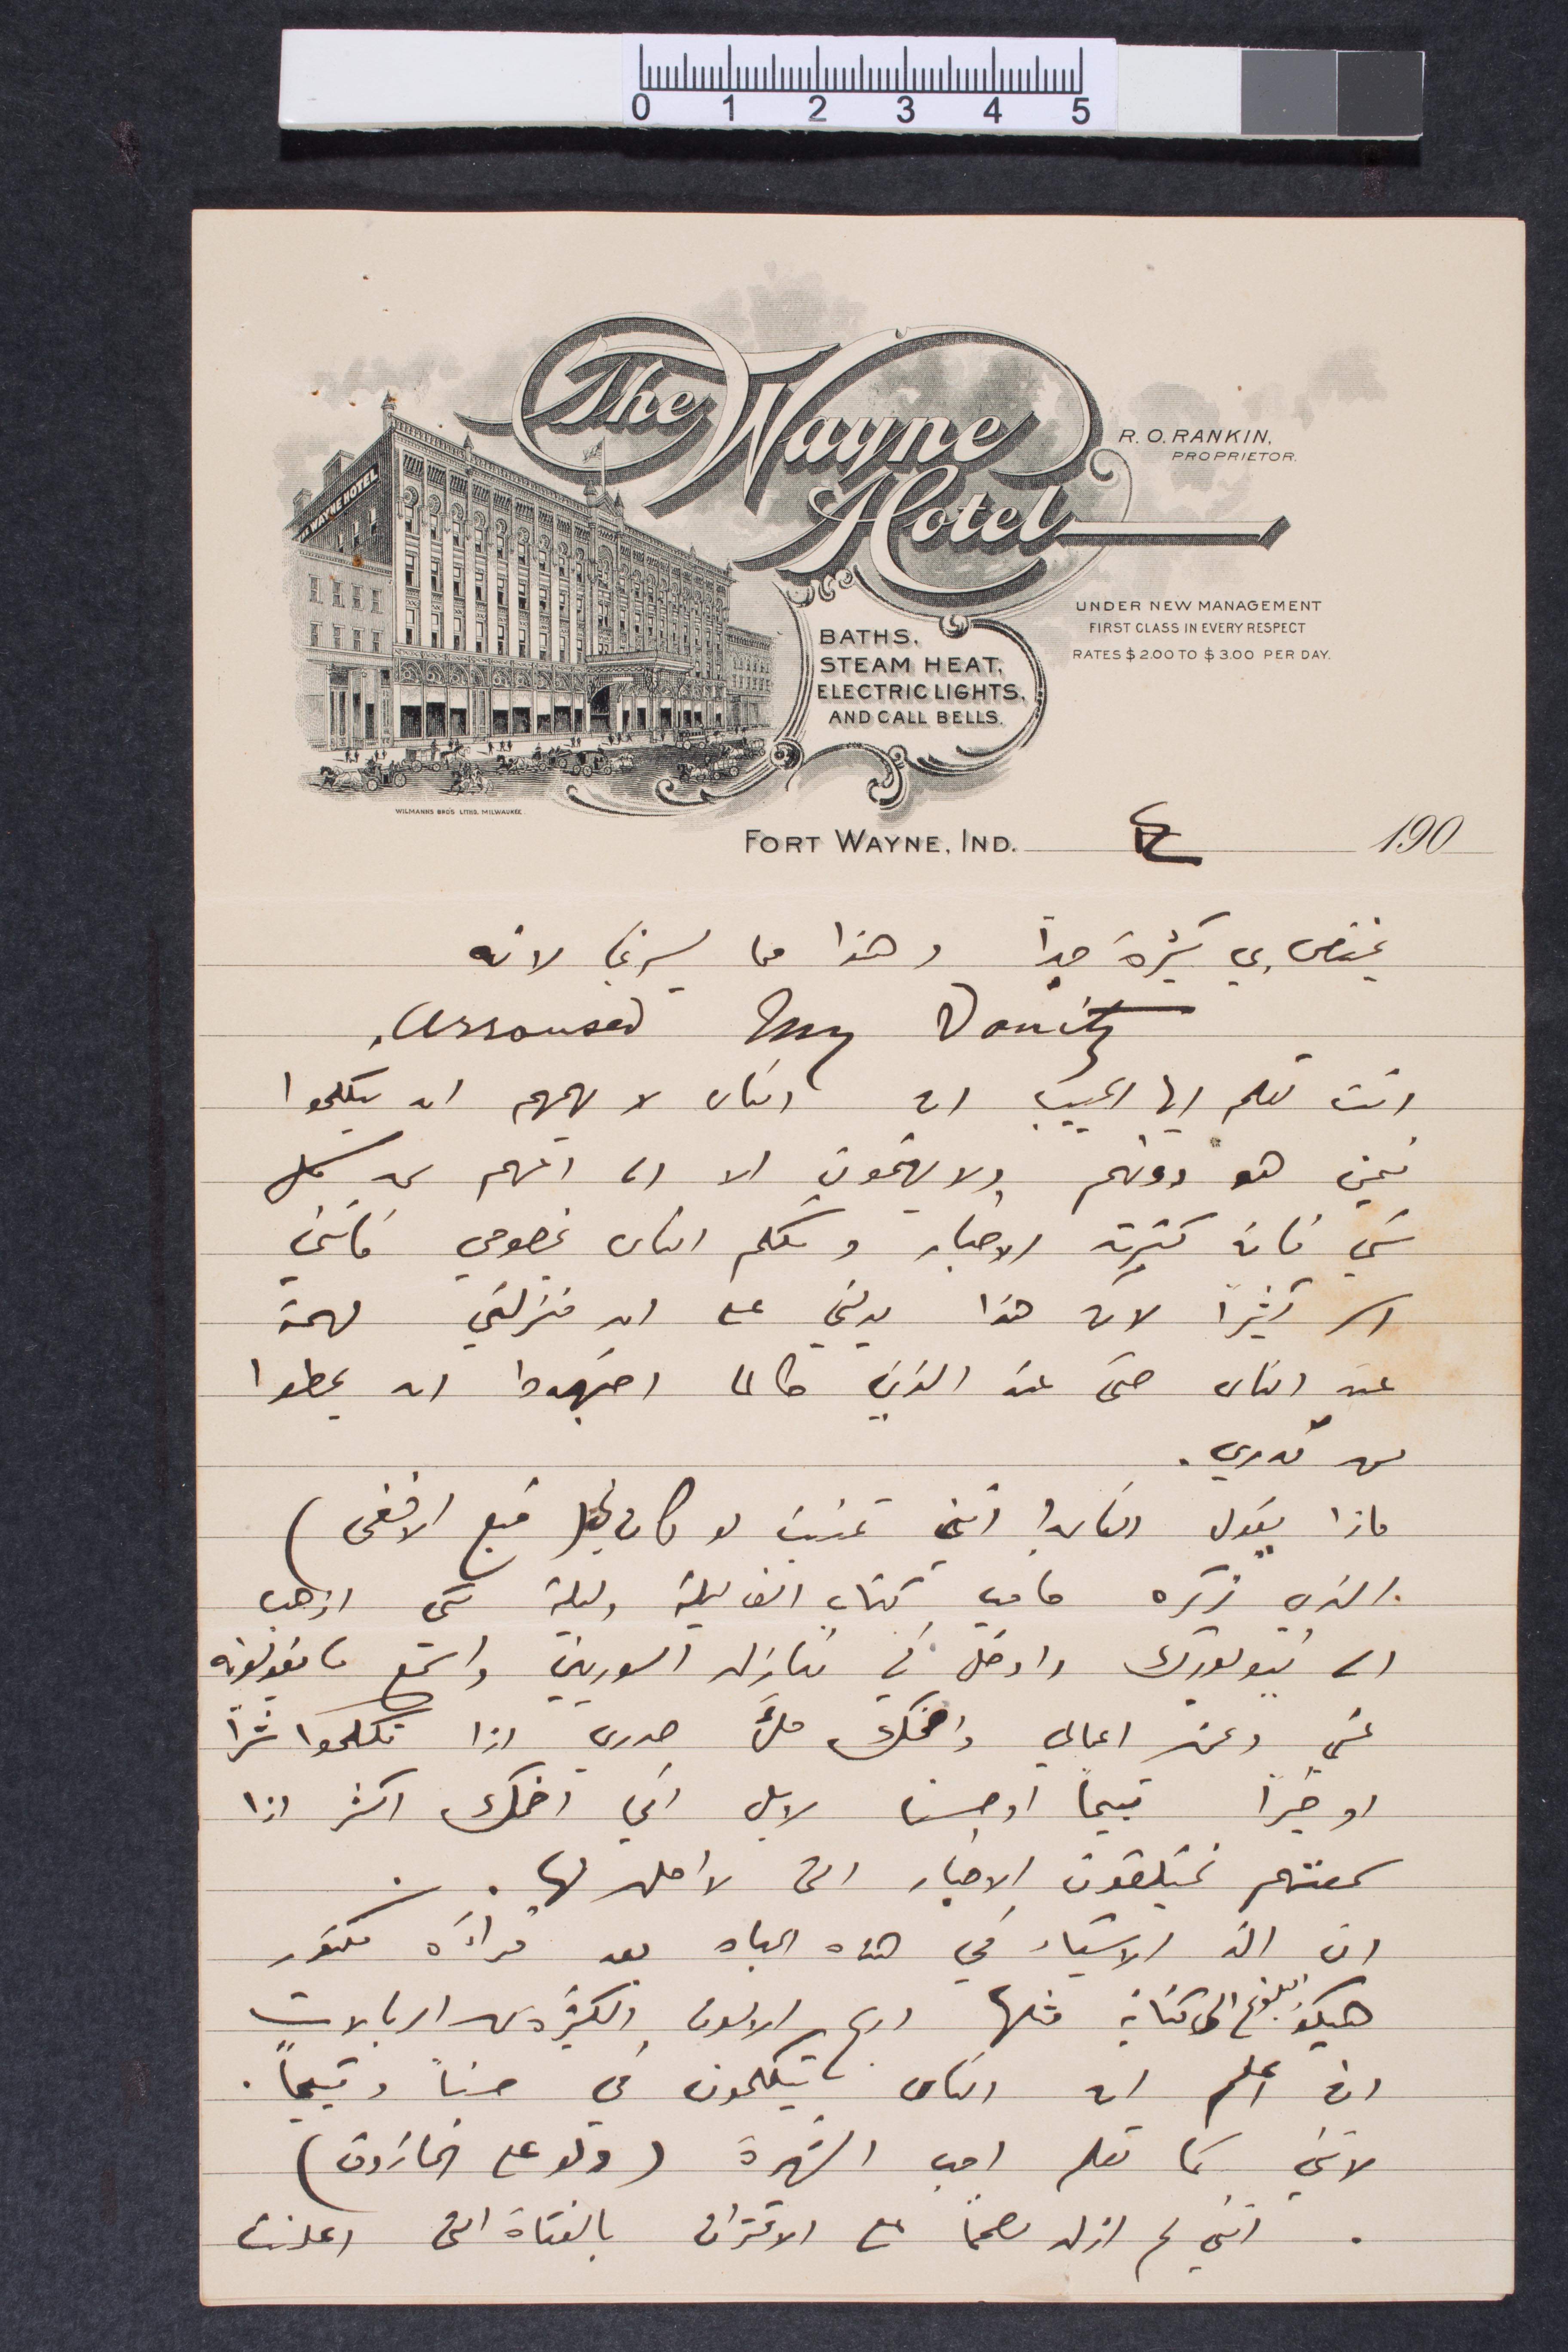
يختص بي كثيرة جدًا وهذا ما ما يسرني لانه
انت تعلم أيها الحبيب ان الناس لا يهمهم ان يتكلموا
فيمن هو دونهم ولا يهتمون الا لما اتهم من كل
شيء فان كثرت الاخبار وتكلم الناس بخصوصي فانني
الا كثيرًا لن يدلني على ان منزلتي مهمة
عند الناس حتى عند الذين طالما اجتهدوا ان يحطوا
من قدري.
ماذا يقول الناس انني تمنيت او كان  في (قبع الافعى)
الذي يذكره ما في كتاب الف ليلة وليلة اني اذهب
الى نيويورك وادخل في منازل السوريين واستمع ما يقولونه
عني وعن اعمالي واضحك ملء صدري اذا تكلموا شرًا
او خيرًأ قبحًا او حسن لا بل اني اضحك اكثر اذا
سمعتهم يتلقون الاخبار التي لا اصل لها.
ان الذ الأشياء في هذه الحاة بعد قراءة فكتور
هيكو البلوغ الى كتابة مثلها وربح الالون ولكثرة كما الريالات
ان علم ان الناس يتكلمون في حسنًا وقبحًا.
لاني كما تعلم احب الشهرة ولو على الخازوق)
انني لم ازل مصممًا على الاقتران بالفتاة التي أعلنت